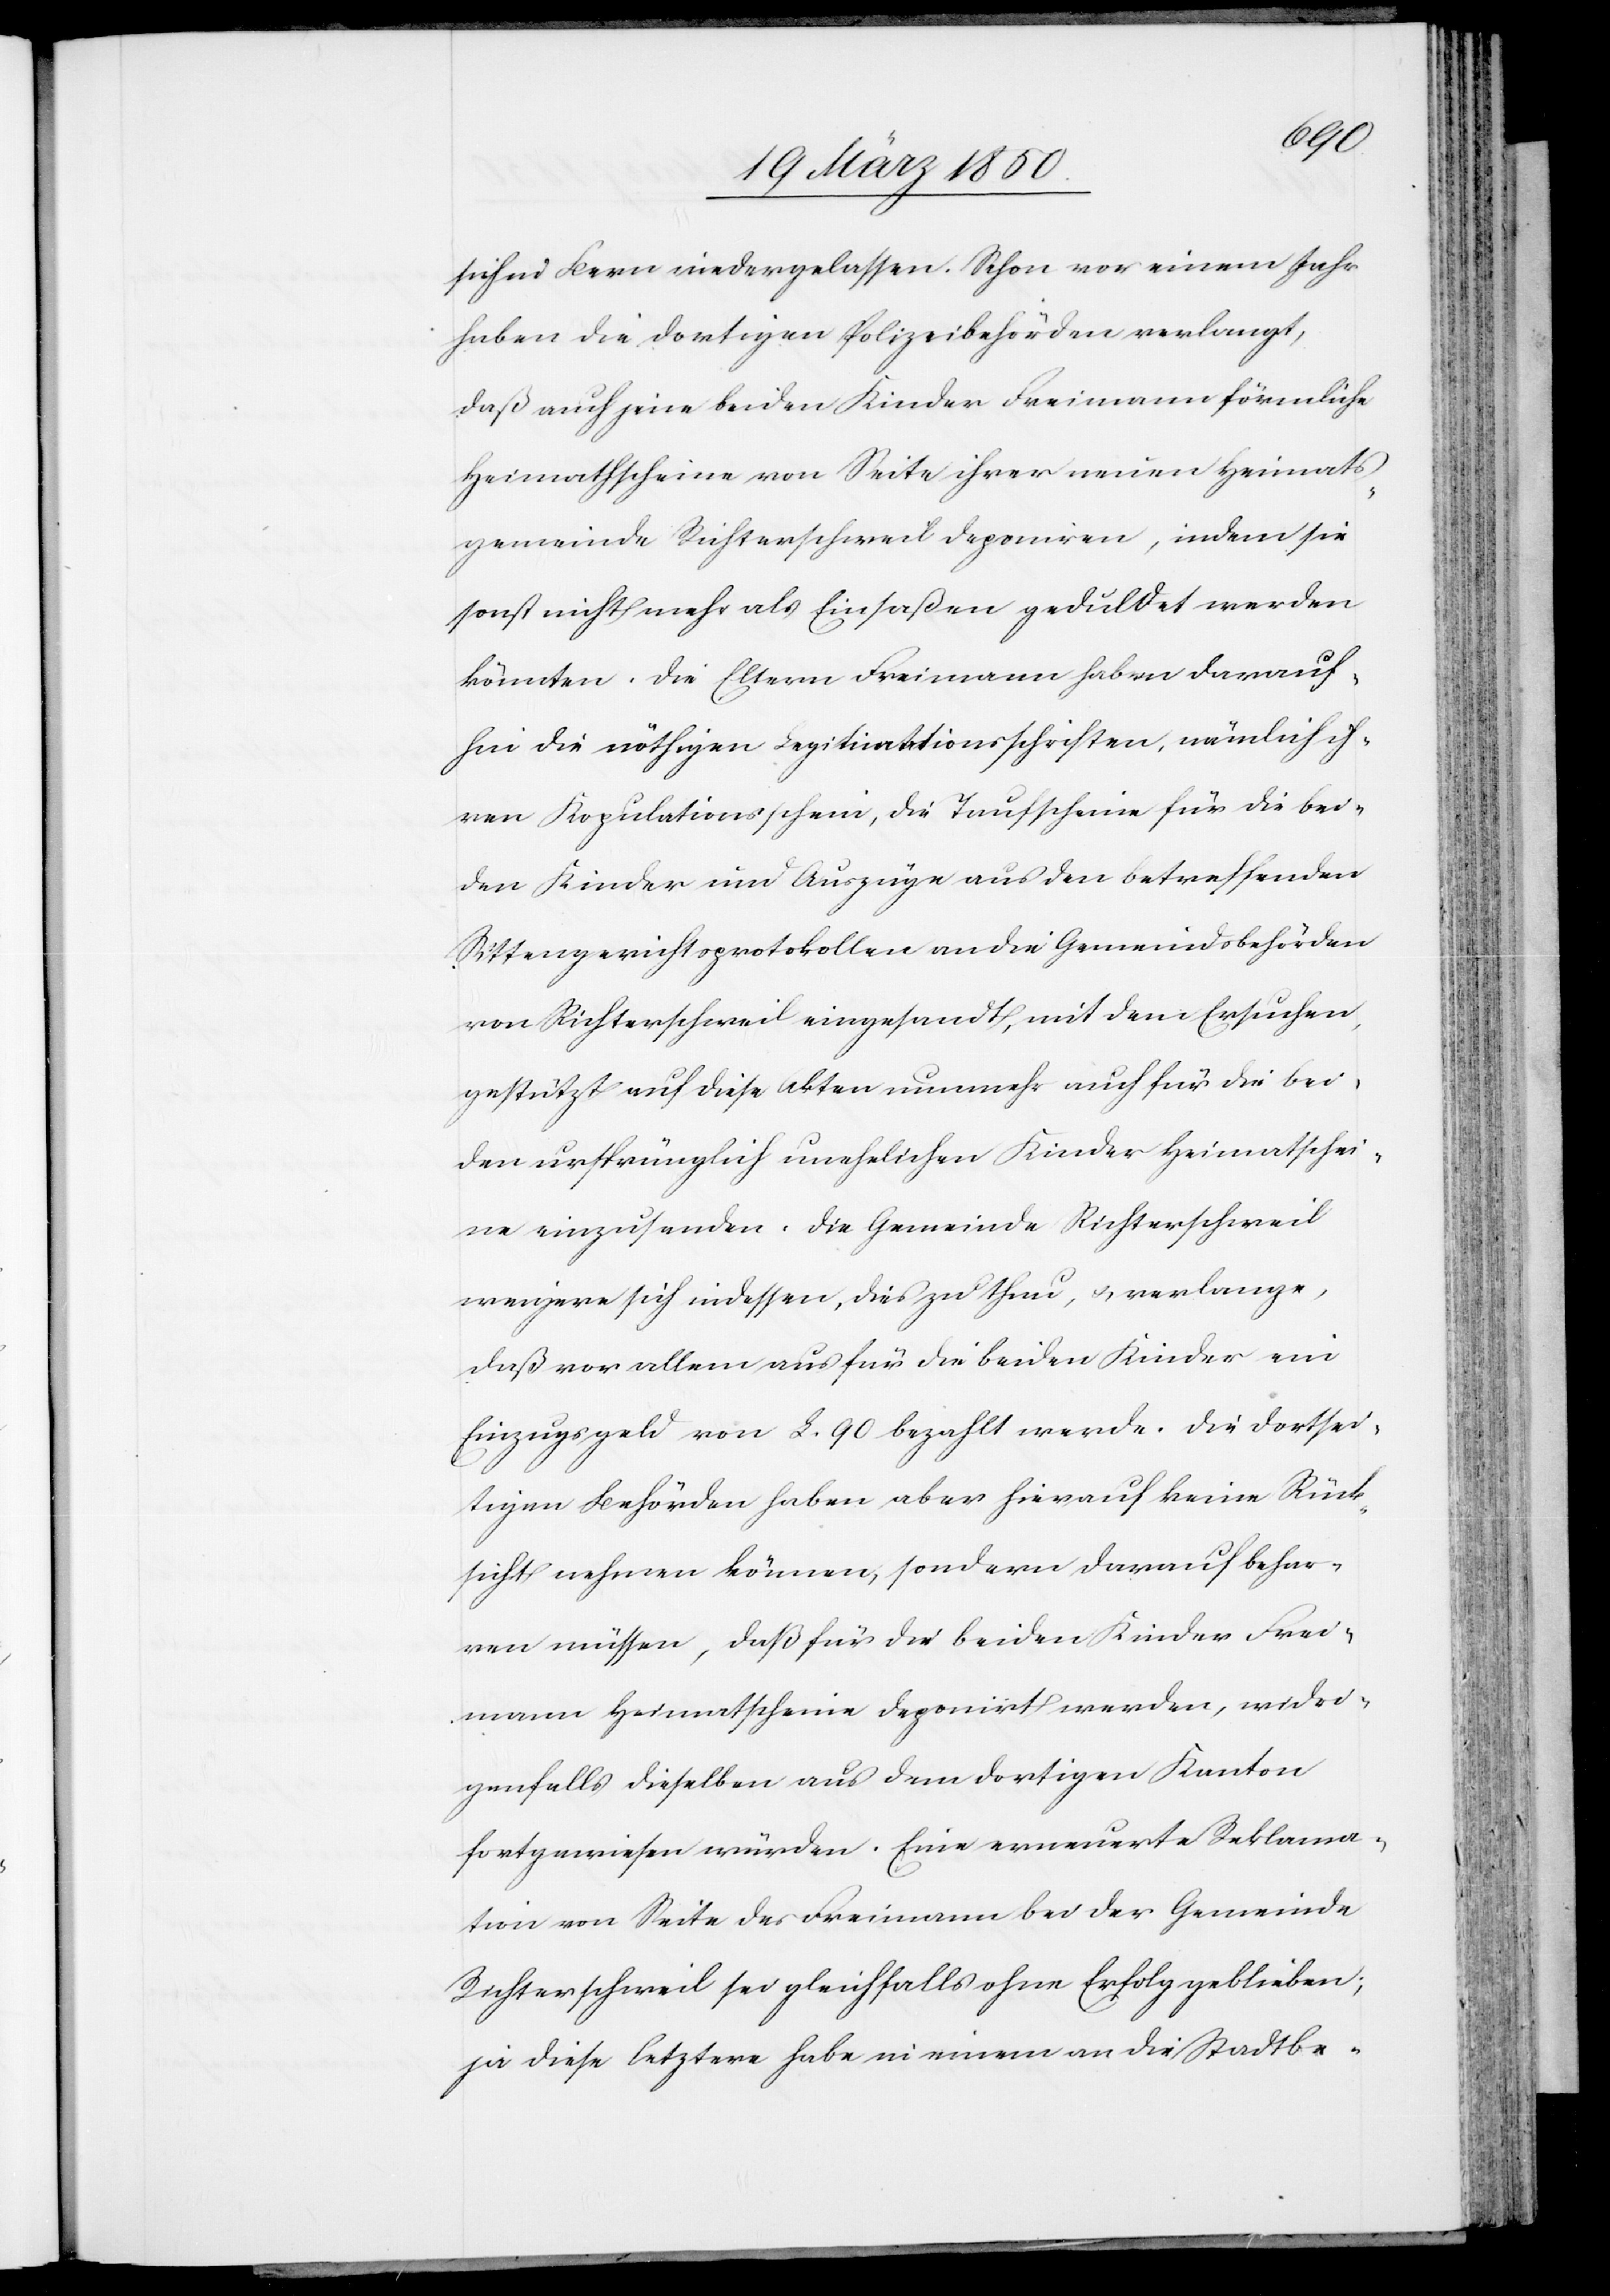
sich in Bern niedergelassen. Schon vor einem Jahr
haben die dortigen Polizeibehörden verlangt,
daß auch jene beiden Kinder Freimann förmliche
Heimathscheine von Seite ihrer neuen Heimats¬
gemeinde Richterschweil deponiren, indem sie
sonst nicht mehr als Einsaßen geduldet werden
könnten. Die Eltern Freimann haben darauf¬
hin die nöthigen Legitimationsschriften, nämlich ih¬
ren Kopulationsschein, die Taufscheine für die bei¬
den Kinder und Auszüge aus den betreffenden
Sittengerichtsprotokollen an die Gemeindsbehörden
von Richterschweil eingesandt, mit dem Ersuchen,
gestützt auf diese Akten nunmehr auch für die bei¬
den ursprünglich unehelichen Kinder Heimatschei¬
ne einzusenden. Die Gemeinde Richterschweil
weigere sich indessen, dies zu thun, u. verlange,
daß vor allem aus für die beiden Kinder ein
Einzugsgeld von L. 90 bezahlt werde. Die dortsei¬
tigen Behörden haben aber hierauf keine Rück¬
sicht nehmen können, sondern darauf behar¬
ren müssen, daß für die beiden Kinder Frei¬
mann Heimatscheine deponirt werden, widri¬
genfalls dieselben aus dem dortigen Kanton
fortgewiesen würden. Eine erneuerte Reklama¬
tion von Seite der Freimann bei der Gemeinde
Richterschweil sei gleichfalls ohne Erfolg geblieben;
ja diese letztere habe in einem an die Stadtbe-